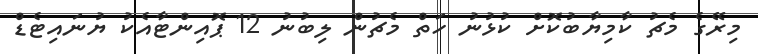
މިރޭގެ މެޗު ކާމިޔާބުކޮށް ކުޅުނު ހަތް މެޗުން ލިބުނު 12 ޕޮއިންޓާއެކު ޔުނައިޓެޑް